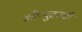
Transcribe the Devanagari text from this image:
काँप्युटरची